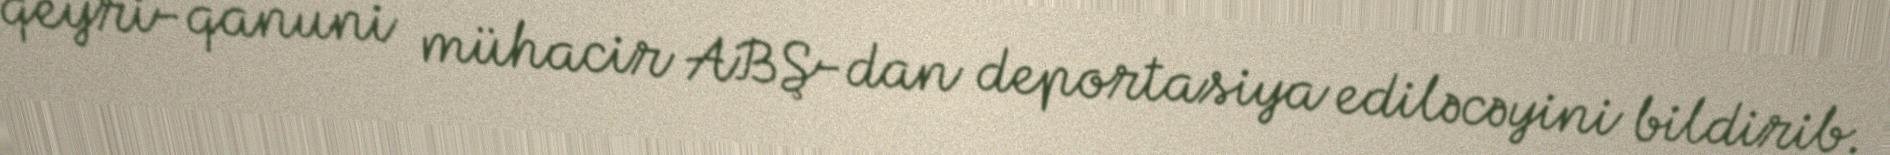
qeyri-qanuni mühacir ABŞ-dan deportasiya ediləcəyini bildirib.